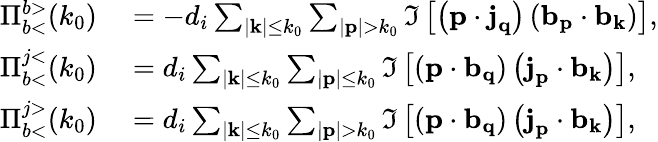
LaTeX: \begin{array}{rl}{\Pi_{b<}^{b>}(k_{0})}&{{}=-d_{i}\sum_{|\textit{\textbf{k}}|\leq k_{0}}\sum_{|\textit{\textbf{p}}|>k_{0}}\Im\left[\left(\textit{\textbf{p}}\cdot\textit{\textbf{j}}_{\textit{\textbf{q}}}\right)\left(\textit{\textbf{b}}_{\textit{\textbf{p}}}\cdot\textit{\textbf{b}}_{\textit{\textbf{k}}}\right)\right],}\\ {\Pi_{b<}^{j<}(k_{0})}&{{}=d_{i}\sum_{|\textit{\textbf{k}}|\leq k_{0}}\sum_{|\textit{\textbf{p}}|\leq k_{0}}\Im\left[\left(\textit{\textbf{p}}\cdot\textit{\textbf{b}}_{\textit{\textbf{q}}}\right)\left(\textit{\textbf{j}}_{\textit{\textbf{p}}}\cdot\textit{\textbf{b}}_{\textit{\textbf{k}}}\right)\right],}\\ {\Pi_{b<}^{j>}(k_{0})}&{{}=d_{i}\sum_{|\textit{\textbf{k}}|\leq k_{0}}\sum_{|\textit{\textbf{p}}|>k_{0}}\Im\left[\left(\textit{\textbf{p}}\cdot\textit{\textbf{b}}_{\textit{\textbf{q}}}\right)\left(\textit{\textbf{j}}_{\textit{\textbf{p}}}\cdot\textit{\textbf{b}}_{\textit{\textbf{k}}}\right)\right],}\end{array}